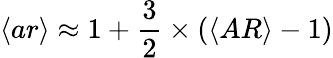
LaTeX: \langle ar\rangle\approx 1+\frac{3}{2}\times(\langle AR\rangle-1)